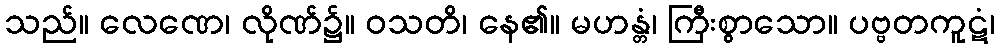
သည်။ လေဏေ၊ လိုဏ်၌။ ဝသတိ၊ နေ၏။ မဟန္တံ၊ ကြီးစွာသော။ ပဗ္ဗတကူဋံ၊